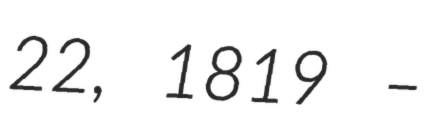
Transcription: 22, 1819 –